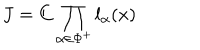
LaTeX: J = C \prod _ { \alpha \in \Phi ^ { + } } l _ { \alpha } ( x )